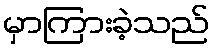
မှာကြားခဲ့သည်